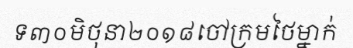
ទ៣០មិថុនា២០១៨ចៅក្រមថៃម្នាក់